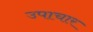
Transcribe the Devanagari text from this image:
उपाचार